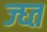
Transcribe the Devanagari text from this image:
ज्घ्त